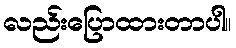
လည်းပြောထားတာပါ။